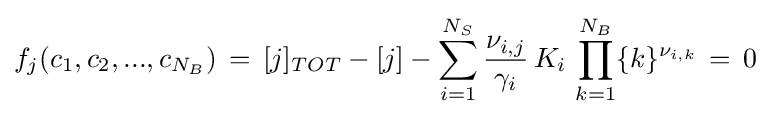
f_{j}(c_{1},c_{2},...,c_{N_{B}})\,=\,[j]_{TOT}-[j]-\sum _{i=1}^{N_{S}}{\frac {\nu _{i,j}}{\gamma _{i}}}\,K_{i}\,\prod _{k=1}^{N_{B}}\{k\}^{\nu _{i,k}}\,=\,0